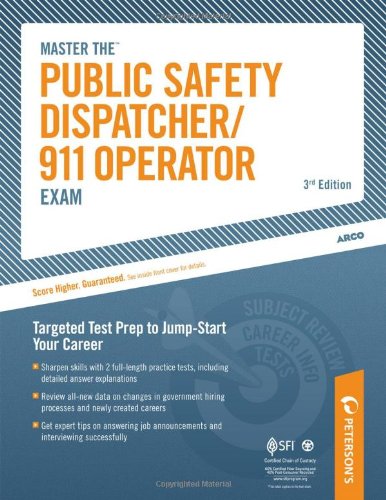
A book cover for Master The Public Safety Dispatcher/911 Operator Exam: Targeted Test Prep to Jump-Start Your Career; Peterson's; Test Preparation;